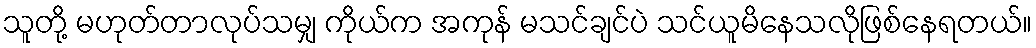
သူတို့ မဟုတ်တာလုပ်သမျှ ကိုယ်က အကုန် မသင်ချင်ပဲ သင်ယူမိနေသလိုဖြစ်နေရတယ်။